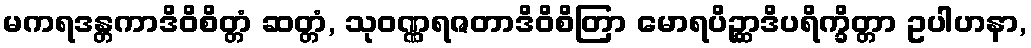
မကရဒန္တကာဒိဝိစိတ္တံ ဆတ္တံ, သုဝဏ္ဏရဇတာဒိဝိစိတြာ မောရပိဉ္ဆာဒိပရိက္ခိတ္တာ ဥပါဟနာ,